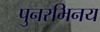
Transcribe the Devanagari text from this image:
पुनरभिनय